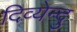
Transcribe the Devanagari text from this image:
दिव्येन्दु